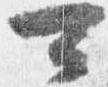
可